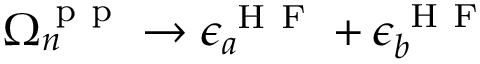
\Omega _ { n } ^ { \mathrm { ~ p ~ p ~ } } \to \epsilon _ { a } ^ { \mathrm { ~ H ~ F ~ } } + \epsilon _ { b } ^ { \mathrm { ~ H ~ F ~ } }